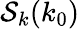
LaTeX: \mathcal{S}_{k}(k_{0})